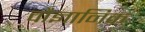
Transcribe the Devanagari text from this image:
वौज्ञानिक